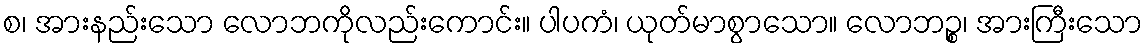
စ၊ အားနည်းသော လောဘကိုလည်းကောင်း။ ပါပကံ၊ ယုတ်မာစွာသော။ လောဘဉ္စ၊ အားကြီးသော